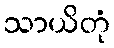
သာယိတုံ